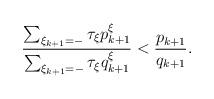
LaTeX: \begin{align*}\frac{\sum_{\xi_{k+1}=-}\tau_\xi p^{\xi}_{k+1}}{\sum_{\xi_{k+1}=-}\tau_\xi q^{\xi}_{k+1}}<\frac{p_{k+1}}{q_{k+1}}.\end{align*}